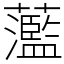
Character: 蘫